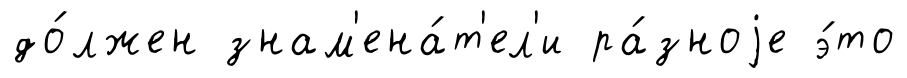
до́лжен знам'ена́т'ел'и ра́зноjе э́то